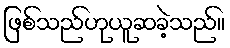
ဖြစ်သည်ဟုယူဆခဲ့သည်။